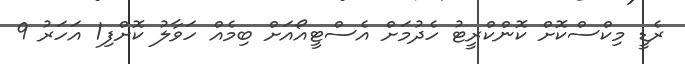
ރެޑީ މިކްސްކޮށް ކޮންކްރީޓު ހެދުމަށް އެސްޓީއޯއަށް ބިމެއް ހަވާލު ކޮށްފި1 އަހަރު 9